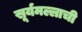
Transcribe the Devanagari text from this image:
सूर्यमल्लाची